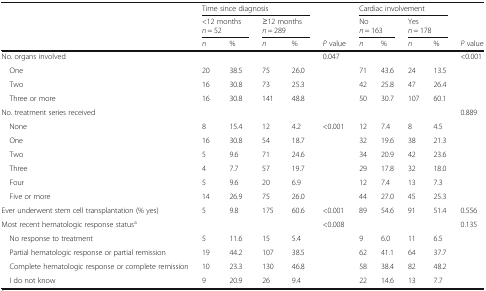
|  | <COLSPAN=4> Time since diagnosis |  | <COLSPAN=4> Cardiac involvement |  |
 |  | <COLSPAN=2> <12 months n = 52 | <COLSPAN=2> ≥12 months n = 289 |  | <COLSPAN=2> No n = 163 | <COLSPAN=2> Yes n = 178 |  |
 |  | n | % | n | % | P value | n | % | n | % | P value |
 | --- | --- | --- | --- | --- | --- | --- | --- | --- | --- | --- |
 | No. organs involved |  |  |  |  | 0.047 |  |  |  |  | <0.001 |
 | One | 20 | 38.5 | 75 | 26.0 |  | 71 | 43.6 | 24 | 13.5 |  |
 | Two | 16 | 30.8 | 73 | 25.3 |  | 42 | 25.8 | 47 | 26.4 |  |
 | Three or more | 16 | 30.8 | 141 | 48.8 |  | 50 | 30.7 | 107 | 60.1 |  |
 | No. treatment series received |  |  |  |  |  |  |  |  |  | 0.889 |
 | None | 8 | 15.4 | 12 | 4.2 | <0.001 | 12 | 7.4 | 8 | 4.5 |  |
 | One | 16 | 30.8 | 54 | 18.7 |  | 32 | 19.6 | 38 | 21.3 |  |
 | Two | 5 | 9.6 | 71 | 24.6 |  | 34 | 20.9 | 42 | 23.6 |  |
 | Three | 4 | 7.7 | 57 | 19.7 |  | 29 | 17.8 | 32 | 18.0 |  |
 | Four | 5 | 9.6 | 20 | 6.9 |  | 12 | 7.4 | 13 | 7.3 |  |
 | Five or more | 14 | 26.9 | 75 | 26.0 |  | 44 | 27.0 | 45 | 25.3 |  |
 | Ever underwent stem cell transplantation (% yes) | 5 | 9.8 | 175 | 60.6 | <0.001 | 89 | 54.6 | 91 | 51.4 | 0.556 |
 | Most recent hematologic response statusa |  |  |  |  | <0.008 |  |  |  |  | 0.135 |
 | No response to treatment | 5 | 11.6 | 15 | 5.4 |  | 9 | 6.0 | 11 | 6.5 |  |
 | Partial hematologic response or partial remission | 19 | 44.2 | 107 | 38.5 |  | 62 | 41.1 | 64 | 37.7 |  |
 | Complete hematologic response or complete remission | 10 | 23.3 | 130 | 46.8 |  | 58 | 38.4 | 82 | 48.2 |  |
 | I do not know | 9 | 20.9 | 26 | 9.4 |  | 22 | 14.6 | 13 | 7.7 |  |